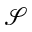
\mathcal S